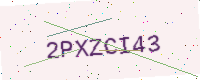
Text: 2PXZCI43